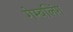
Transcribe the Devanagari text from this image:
गेम्बलिंग